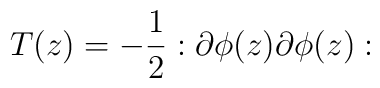
T(z)=-\frac{1}{2}:\partial\phi(z)\partial\phi(z):